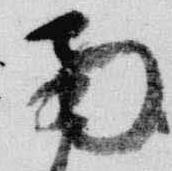
南